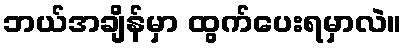
ဘယ်အချိန်မှာ ထွက်ပေးရမှာလဲ။